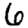
Digit: 6